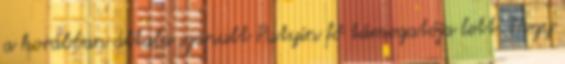
a korábban általa szapult Putyin fő támogatója lett. Hogy